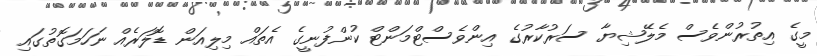
މީގެ އިތުރުންވެސް މެލޭޝިޔާ ސަރުކާރުގެ އިންވެސްޓްމަންޓް ކުންފުނީގެ އެތައް މިލިއަން ޑޮލަރެއް ނަހަމަގޮތުގައި